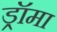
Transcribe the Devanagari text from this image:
ड्रॉमा